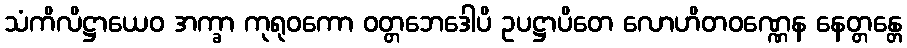
သံကိလိဋ္ဌာယေဝ အက္ခာ ကုရုဝကော ဝတ္တဘေဒေါပိ ဥပဋ္ဌာပိတေ လောဟိတဝဏ္ဏေန နေတ္တန္တေ